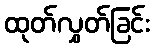
ထုတ်လွှတ်ခြင်း